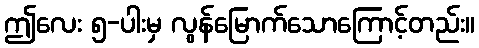
ဤလေး ၅-ပါးမှ လွန်မြောက်သောကြောင့်တည်း။